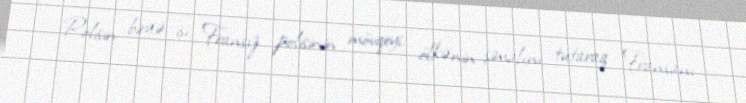
Polisin birgə işi Fransız polisinin mövqeyi, ölkənin şimalını tutaraq Fransanı